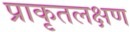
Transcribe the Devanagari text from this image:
प्राकृतलक्षण